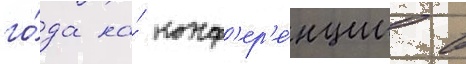
го́да на́ конф'ер'е́нции в